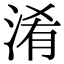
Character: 淆